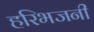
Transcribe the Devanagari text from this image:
हरिभजनी